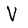
Character: V